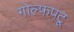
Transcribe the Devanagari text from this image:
गोल्फपटू